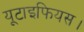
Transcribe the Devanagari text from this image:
यूटाइफियस।